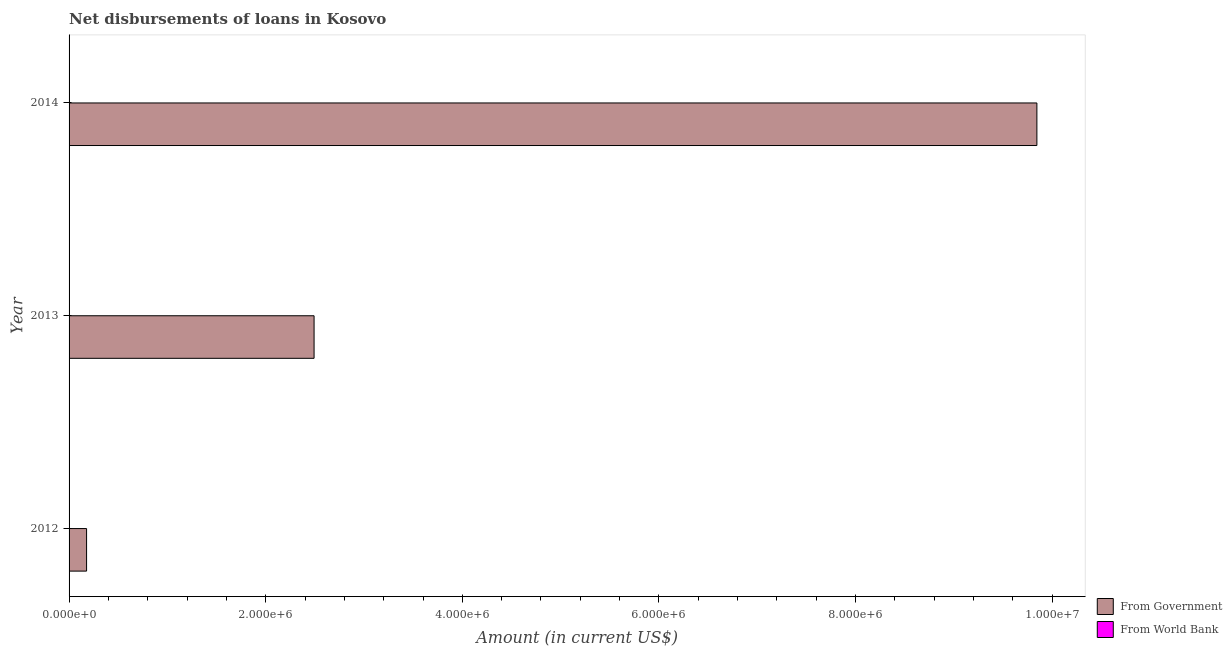
| Year | From Government | From World Bank |
 | --- | --- | --- |
 | 2012 | 1.78e+05 | -1.03e+07 |
 | 2013 | 2.49e+06 | -9.08e+06 |
 | 2014 | 9.84e+06 | -5.57e+06 |